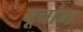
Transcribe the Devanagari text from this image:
वूचांग